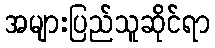
အများပြည်သူဆိုင်ရာ